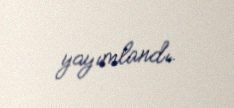
yayımlandı.